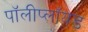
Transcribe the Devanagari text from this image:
पॉलीप्लॉयड